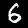
Digit: 6